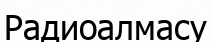
Радиоалмасу